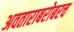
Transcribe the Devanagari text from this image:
अवताराबरोबरच